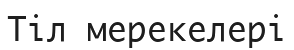
Тіл мерекелері